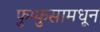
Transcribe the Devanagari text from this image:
फुप्फुसामधून